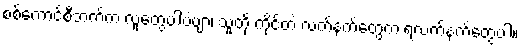
စစ်ကောင်စီဘက်က လူတွေပါပဲဗျာ၊ သူတို့ ကိုင်တဲ့ လက်နက်တွေက ရဲလက်နက်တွေပါ။